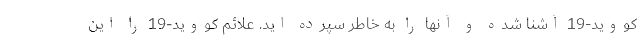
کووید-19 آشنا شده و آنها را به خاطر سپرده اید. علائم کووید-19 را این